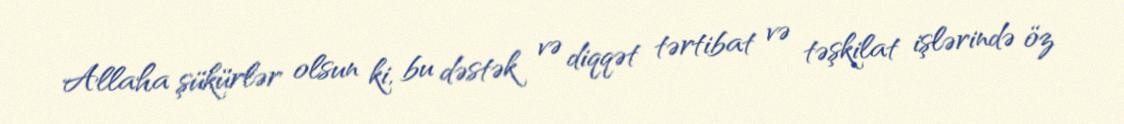
Allaha şükürlər olsun ki, bu dəstək və diqqət tərtibat və təşkilat işlərində öz